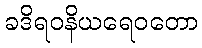
ခဒိရဝနိယရေဝတော